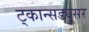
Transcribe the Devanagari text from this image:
ट्कान्सड्यूसर